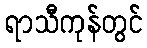
ရာသီကုန်တွင်